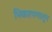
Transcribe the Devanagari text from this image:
भिकारपणातून